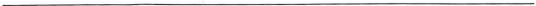
___